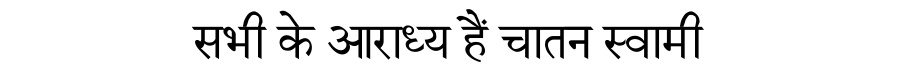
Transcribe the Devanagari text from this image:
सभी के आराध्य हैं चातन स्वामी